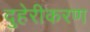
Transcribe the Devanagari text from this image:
दुहेरीकरण